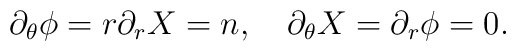
\partial_\theta\phi = r\partial_r X = n ,\quad \partial_\theta X = \partial_r\phi = 0.